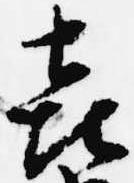
喜